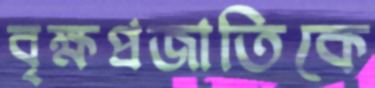
বৃক্ষপ্রজাতিকে